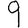
Digit: 9